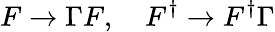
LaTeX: F\rightarrow\Gamma F,\ \ \ \ F^{\dagger}\rightarrow F^{\dagger}\Gamma